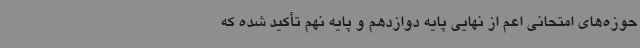
حوزه‌های امتحانی اعم از نهایی پایه دوازدهم و پایه نهم تأکید شده که